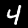
Digit: 4